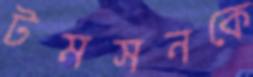
টমসনকে